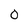
Character: 0